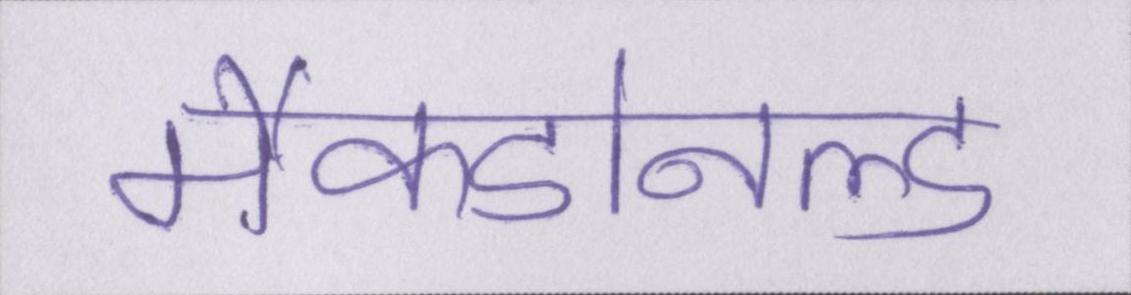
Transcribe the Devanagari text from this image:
मैकडोनल्ड